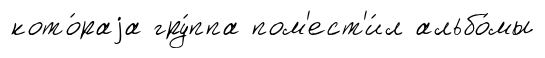
кото́раjа гру́ппа пом'ест'и́л альбо́мы